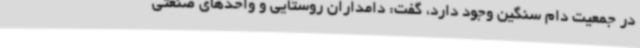
در جمعیت دام سنگین وجود دارد، گفت: دامداران روستایی و واحدهای صنعتی